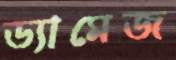
ড্যামেজ